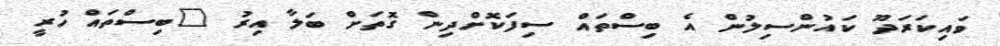
ވައިކަރަދޫ ކައުންސިލުން އެ ބިސްތައް ސިފަކޮށްދިން ގޮތަށް ބަލާ އިރު "ބިސްތައް ހުރީ